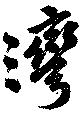
灣